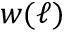
w ( \ell )